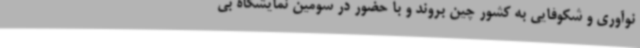
نوآوری و شکوفایی به کشور چین بروند و با حضور در سومین نمایشگاه بی